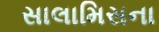
સાલામિસના